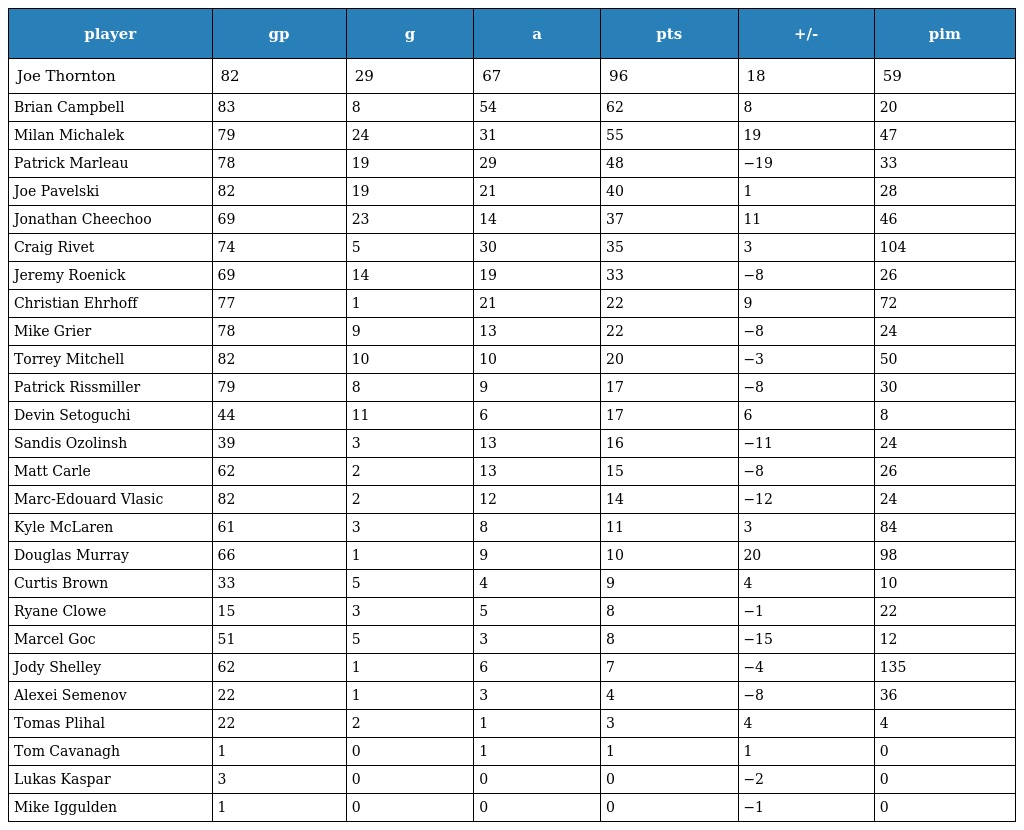
| player | gp | g | a | pts | +/- | pim |
 | --- | --- | --- | --- | --- | --- | --- |
 | Joe Thornton | 82 | 29 | 67 | 96 | 18 | 59 |
 | Brian Campbell | 83 | 8 | 54 | 62 | 8 | 20 |
 | Milan Michalek | 79 | 24 | 31 | 55 | 19 | 47 |
 | Patrick Marleau | 78 | 19 | 29 | 48 | −19 | 33 |
 | Joe Pavelski | 82 | 19 | 21 | 40 | 1 | 28 |
 | Jonathan Cheechoo | 69 | 23 | 14 | 37 | 11 | 46 |
 | Craig Rivet | 74 | 5 | 30 | 35 | 3 | 104 |
 | Jeremy Roenick | 69 | 14 | 19 | 33 | −8 | 26 |
 | Christian Ehrhoff | 77 | 1 | 21 | 22 | 9 | 72 |
 | Mike Grier | 78 | 9 | 13 | 22 | −8 | 24 |
 | Torrey Mitchell | 82 | 10 | 10 | 20 | −3 | 50 |
 | Patrick Rissmiller | 79 | 8 | 9 | 17 | −8 | 30 |
 | Devin Setoguchi | 44 | 11 | 6 | 17 | 6 | 8 |
 | Sandis Ozolinsh | 39 | 3 | 13 | 16 | −11 | 24 |
 | Matt Carle | 62 | 2 | 13 | 15 | −8 | 26 |
 | Marc-Edouard Vlasic | 82 | 2 | 12 | 14 | −12 | 24 |
 | Kyle McLaren | 61 | 3 | 8 | 11 | 3 | 84 |
 | Douglas Murray | 66 | 1 | 9 | 10 | 20 | 98 |
 | Curtis Brown | 33 | 5 | 4 | 9 | 4 | 10 |
 | Ryane Clowe | 15 | 3 | 5 | 8 | −1 | 22 |
 | Marcel Goc | 51 | 5 | 3 | 8 | −15 | 12 |
 | Jody Shelley | 62 | 1 | 6 | 7 | −4 | 135 |
 | Alexei Semenov | 22 | 1 | 3 | 4 | −8 | 36 |
 | Tomas Plihal | 22 | 2 | 1 | 3 | 4 | 4 |
 | Tom Cavanagh | 1 | 0 | 1 | 1 | 1 | 0 |
 | Lukas Kaspar | 3 | 0 | 0 | 0 | −2 | 0 |
 | Mike Iggulden | 1 | 0 | 0 | 0 | −1 | 0 |